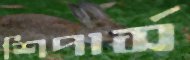
শিপার্স